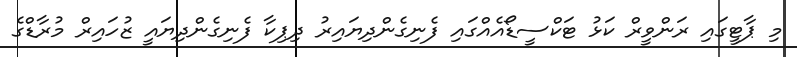
މި ޕާޓީގައި ރަންވީރް ކަޅު ޓަކްސީޑޯއެއްގައި ފެނިގެންދިޔައިރު ދިޕިކާ ފެނިގެންދިޔައީ ޒުހައިރް މުރާޑްގެ